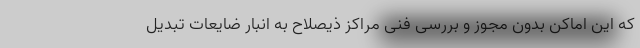
که این اماکن بدون مجوز و بررسی فنی مراکز ذیصلاح به انبار ضایعات تبدیل